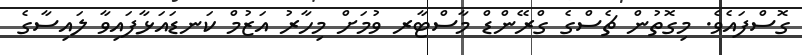
ގޮސްފައެވެ. މިގޮތުން ޗެސްގެ ގްރޭންޑް މާސްޓާރ ވުމަށް މިހާރު އަޒުމް ކަނޑައަޅާފައިވާ ލައިސާގެ